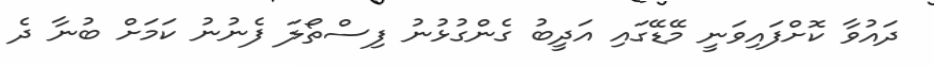
ދައުވާ ކޮށްފައިވަނީ މޭޑޭގައި އަދީބު ގެންގުޅުނު ފިސްތޯލަ ފެނުނު ކަމަށް ބުނާ ދެ